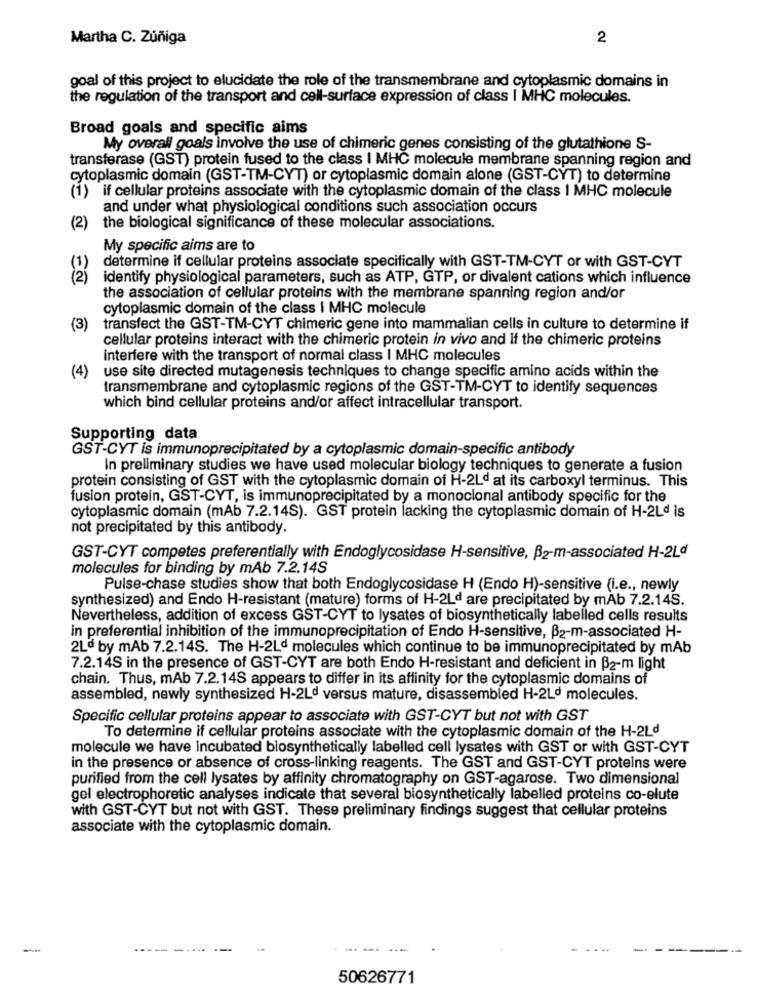
Martha C. Zúñiga
2
goal of this project to elucidate the role of the transmembrane and cytoplasmic domains in
the regulation of the transport and cell-surface expression of class I MHC molecules.
Broad goals and specific aims
My overall goals involve the use of chimeric genes consisting of the glutathione S-
transferase (GST) protein fused to the class I MHC molecule membrane spanning region and
cytoplasmic domain (GST-TM-CYT) or cytoplasmic domain alone (GST-CYT) to determine
(1) if cellular proteins associate with the cytoplasmic domain of the class 1 MHC molecule
and under what physiological conditions such association occurs
(2)
the biological significance of these molecular associations.
My specific aims are to
determine if cellular proteins associate specifically with GST-TM-CYT or with GST-CYT
(2)
identify physiological parameters, such as ATP, GTP, or divalent cations which influence
the association of cellular proteins with the membrane spanning region and/or
cytoplasmic domain of the class I MHC molecule
(3)
transfect the GST-TM-CYT chimeric gene into mammalian cells in culture to determine if
cellular proteins interact with the chimeric protein in vivo and if the chimeric proteins
interfere with the transport of normal class I MHC molecules
use site directed mutagenesis techniques to change specific amino acids within the
(4)
transmembrane and cytoplasmic regions of the GST-TM-CYT to identify sequences
which bind cellular proteins and/or affect intracellular transport.
Supporting data
GST-CYT is immunoprecipitated by a cytoplasmic domain-specific antibody
In preliminary studies we have used molecular biology techniques to generate a fusion
protein consisting of GST with the cytoplasmic domain of H-2Ld at its carboxyl terminus. This
fusion protein, GST-CYT, is immunoprecipitated by a monoclonal antibody specific for the
cytoplasmic domain (mAb 7.2.14S). GST protein lacking the cytoplasmic domain of H-2Ld is
not precipitated by this antibody.
GST-CYT competes preferentially with Endoglycosidase H-sensitive, B2-m-associated H-2Ld
molecules for binding by mAb 7.2.14S
Pulse-chase studies show that both Endoglycosidase H (Endo H)-sensitive (i.e ., newly
synthesized) and Endo H-resistant (mature) forms of H-2Ld are precipitated by mAb 7.2.14S.
Nevertheless, addition of excess GST-CYT to lysates of biosynthetically labelled cells results
in preferential inhibition of the immunoprecipitation of Endo H-sensitive, B2-m-associated H-
2Lo by mAb 7.2.14S. The H-2Ld molecules which continue to be immunoprecipitated by mAb
7.2.14S in the presence of GST-CYT are both Endo H-resistant and deficient in B2-m light
chain. Thus, mAb 7.2.14S appears to differ in its affinity for the cytoplasmic domains of
assembled, newly synthesized H-2Ld versus mature, disassembled H-2Ld molecules.
Specific cellular proteins appear to associate with GST-CYT but not with GST
To determine if cellular proteins associate with the cytoplasmic domain of the H-2Ld
molecule we have incubated biosynthetically labelled cell lysates with GST or with GST-CYT
in the presence or absence of cross-linking reagents. The GST and GST-CYT proteins were
purified from the cell lysates by affinity chromatography on GST-agarose. Two dimensional
gel electrophoretic analyses indicate that several biosynthetically labelled proteins co-elute
with GST-CYT but not with GST. These preliminary findings suggest that cellular proteins
associate with the cytoplasmic domain.
-----
50626771